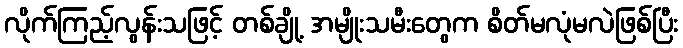
လိုက်ကြည့်လွန်းသဖြင့် တစ်ချို့ အမျိုးသမီးတွေက စိတ်မလုံမလဲဖြစ်ပြီး